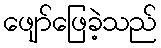
ဖျော်ဖြေခဲ့သည်